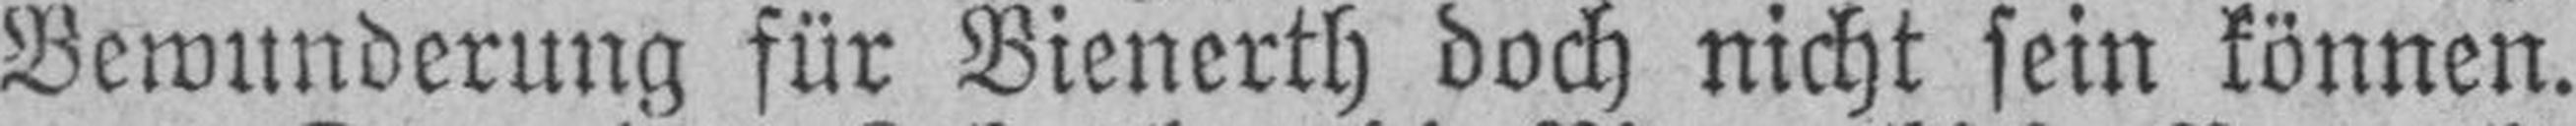
Bewunderung für Bienerth doch nicht sein können.